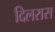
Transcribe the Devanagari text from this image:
दिलरास